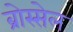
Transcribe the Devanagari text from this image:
ब्रोस्सेल